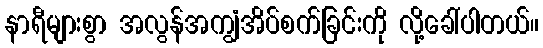
နာရီများစွာ အလွန်အကျွံအိပ်စက်ခြင်းကို လို့ခေါ်ပါတယ်။